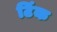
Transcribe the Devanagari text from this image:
टिंक